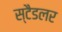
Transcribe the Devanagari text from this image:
स्टैडलर